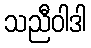
သညီဝါဒါ